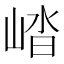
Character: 崉